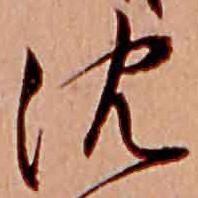
沈